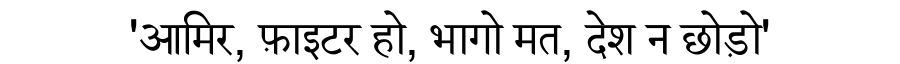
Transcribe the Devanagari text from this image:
'आमिर, फ़ाइटर हो, भागो मत, देश न छोड़ो'